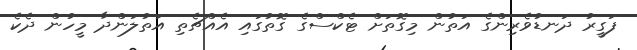
ފަގީރު ދަނޑުވެރިންގެ އަތުން މިގޮތަށް ޓެކްސްގެ ގޮތުގައި އެއްޗެތި އަތުލަންދާ މީހުން ދެކެ